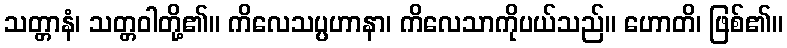
သတ္တာနံ၊ သတ္တဝါတို့၏။ ကိလေသပ္ပဟာနာ၊ ကိလေသာကိုပယ်သည်။ ဟောတိ၊ ဖြစ်၏။